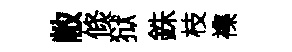
敝倐狱銖枝襍